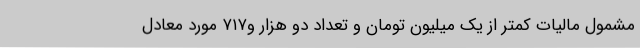
مشمول مالیات کمتر از یک میلیون تومان و تعداد دو هزار و۷۱۷ مورد معادل